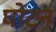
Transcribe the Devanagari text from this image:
घोटन